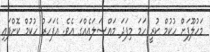
މަހުލޫފަށް ހުކުމް ކުރީ ހަމަ މިފަދަ މައްސަލައެއްގަ އެވެ. އެފަހަރު ހުކުމް ކޮށްފައި